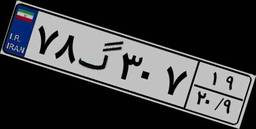
۷۸گ۳۰۷۱۹